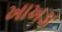
ખાખડા